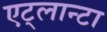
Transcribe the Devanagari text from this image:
एट्लान्टा